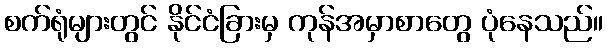
စက်ရုံများတွင် နိုင်ငံခြားမှ ကုန်အမှာစာတွေ ပုံနေသည်။